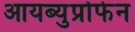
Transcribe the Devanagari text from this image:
आयब्युप्रोफेन